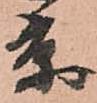
京